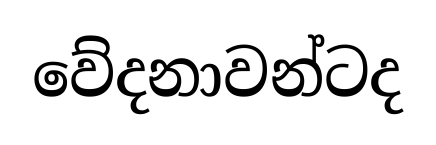
වේදනාවන්ටද